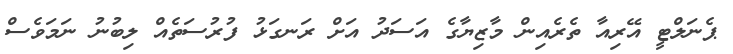
ޕެނަލްޓީ އޭރިއާ ތެރެއިން މާޒިޔާގެ އަސަދު އަށް ރަނގަޅު ފުރުސަތެއް ލިބުނު ނަމަވެސް